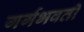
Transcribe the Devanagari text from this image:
गर्गभवती